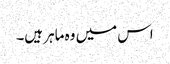
اس میں وہ ماہر ہیں۔